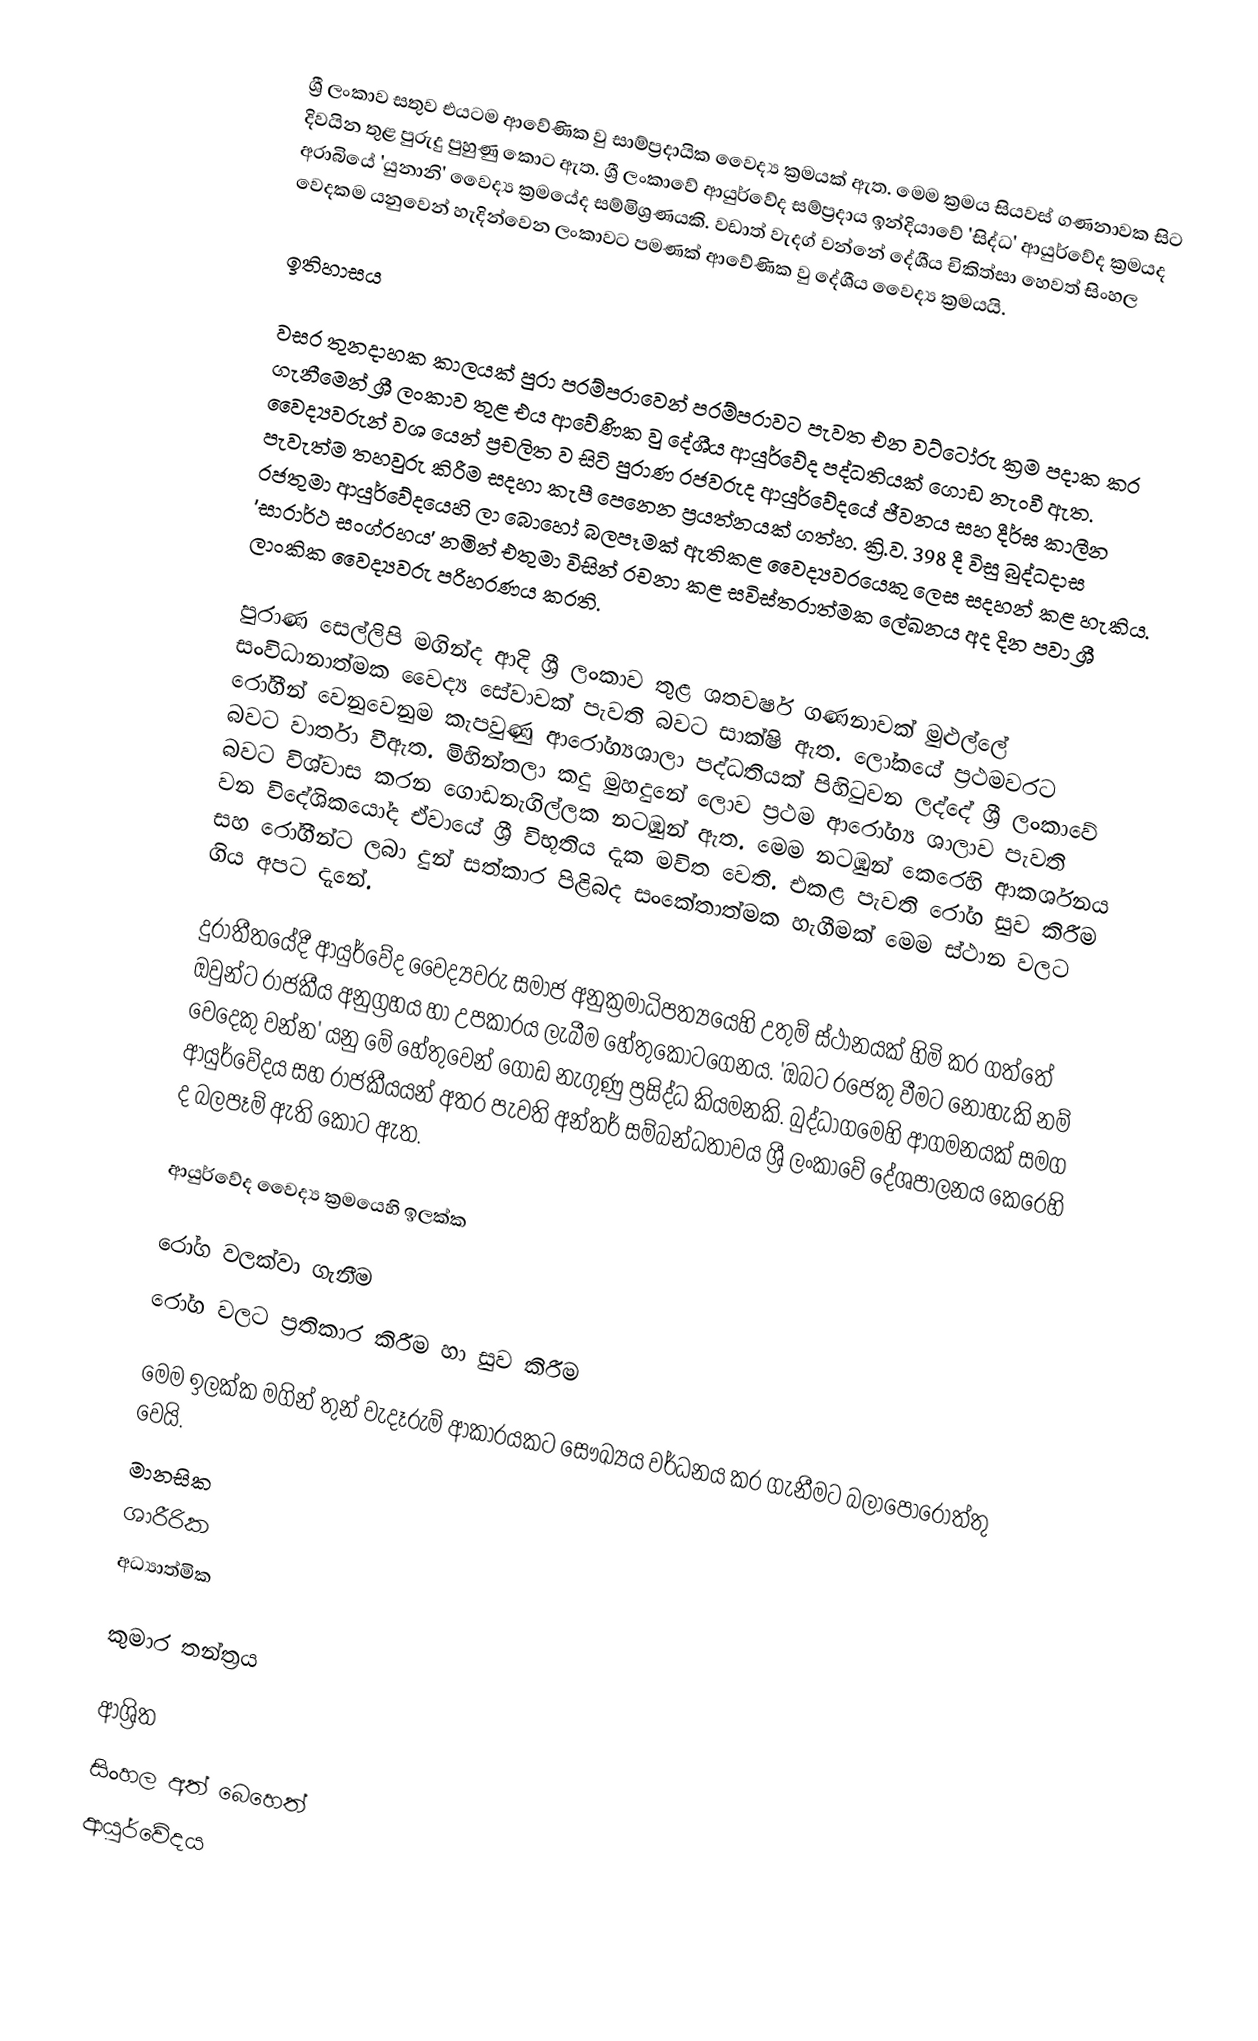
ශ්‍රී ලංකාව සතුව එයටම ආවේණික වු සාම්ප්‍රදායික වෛද්‍ය ක්‍රමයක් ඇත. මෙම ක්‍රමය සියවස් ගණනාවක සිට දිවයින තුළ පුරුදු පුහුණු කොට ඇත.  ශ්‍රී ලංකාවේ ආයුර්වේද සම්ප්‍රදාය ඉන්දියාවේ 'සිද්ධ' ආයුර්වේද ක්‍රමයද අරාබියේ 'යුනානි' වෛද්‍ය ක්‍රමයේද සම්මිශ්‍රණයකි. වඩාත් වැදග් වන්නේ දේශීය චිකිත්සා හෙවත් සිංහල වෙදකම යනුවෙන් හැදින්වෙන ලංකා‍වට පමණක් ‍ආවේණික වු දේශීය වෛද්‍ය ක්‍රමයයි.

ඉතිහාසය

වසර තුනදාහක කාලයක් පුරා පරම්පරාවෙන් පරම්පරාවට පැවත එන වට්ටෝරු ක්‍රම පදාක කර ගැනීමෙන් ශ්‍රී ලංකා‍ව තුළ එය ආවේණික වු දේශීය ආයුර්වේද පද්ධතියක් ගොඩ නැංවී ඇත. වෛද්‍යවරුන් වශ යෙන් ප්‍රචලිත ව සිටි පුරාණ රජවරුද ආයුර්වේදයේ ජීවනය සහ දීර්ඝ කාලීන පැවැත්ම තහවුරු කිරීම සදහා කැපී පෙනෙන ප්‍රයත්නයක් ගත්හ. ක්‍රි.ව. 398 දී විසු බුද්ධදාස රජතුමා ආයුර්වේදයෙහි ලා බොහෝ බලපෑමක් ඇතිකළ වෛද්‍යවරයෙකු ලෙස සදහන් කළ හැකිය. 'සාරාර්ථ සංග්රහය' නමින් එතුමා විසින් රචනා කළ සවිස්තරාත්මක ලේඛනය අද දින පවා ශ්‍රී ලාංකික වෛද්‍යවරු පරිහරණය කරති.

පුරාණ සෙල්ලිපි මගින්ද ආදි ශ්‍රී ලංකාව තුළ ශතවර්ෂ ගණනාවක් මුළුල්ලේ සංවිධානාත්මක වෛද්‍ය සේවාවක් පැවති බවට සාක්ෂි ඇත. ලෝකයේ ප්‍රථමවරට රෝගීන් වෙනුවෙනුම කැපවුණු ආරෝග්‍යශාලා පද්ධතියක් පිහිටුවන ලද්දේ ශ්‍රී ලංකාවේ බවට වාර්තා වීඇත. මිහින්තලා  කදු මුහදුනේ ලොව ප්‍රථම ආරෝග්‍ය ශාලාව පැවති බවට විශ්වාස කරන ගොඩනැගිල්ලක නටඹුන් ඇත. මෙම නටඹුන් කෙරෙහි ආකර්ශනය වන විදේශිකයෝද ‍ඒවායේ ශ්‍රී විභූතිය දැක මවිත වෙති. එකළ පැවති රෝග සුව කිරීම සහ රෝගීන්ට ලබා දුන් සත්කාර පිළිබද සංකේතාත්මක හැගීමක් මෙම ස්ථාන වලට ගිය අපට දැනේ.

දුරාතීතයේදී ආයුර්වේද වෛද්‍යවරු සමාජ  අනුක්‍රමාධිපත්‍යයෙහි උතුම් ස්ථානයක් හිමි කර ගත්තේ ඔවුන්ට රාජකීය අනුග්‍රහය හා උපකාරය ලැබීම හේතුකොටගෙනය. 'ඔබට රජෙකු වීමට නොහැකි නම් වෙදෙකු වන්න' යනු මේ හේතුවෙන් ගොඩ නැගුණු ප්‍රසිද්ධ කියමනකි. බුද්ධාගමෙහි ආගමනයක් සමග ආයුර්වේදය සහ රාජකීයයන් අතර පැවති අන්තර් සම්බන්ධතාවය ශ්‍රී ලංකාවේ දේශපාලනය කෙරෙහි ද බලපෑම් ඇති කොට ඇත.

ආයුර්වේද වෛද්‍ය ක්‍රමයෙහි ඉලක්ක

	රෝග වලක්වා ගැනීම
	රෝග වලට ප්‍රතිකාර කිරීම හා සුව කිරීම

මෙම ඉලක්ක මගින් තුන් වැදෑරුම්  ආකාරයකට සෞඛ්‍යය වර්ධනය කර ගැනීමට බලාපොරොත්තු වෙයි.
	මානසික
	ශාරීරික
	අධ්‍යාත්මික

කුමාර තන්ත්‍රය

ආශ්‍රිත
 සිංහල අත් බෙහෙත්
 ආයුර්වේදය